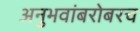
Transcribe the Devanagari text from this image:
अनुभवांबरोबरच